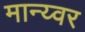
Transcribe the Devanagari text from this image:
मान्य्वर